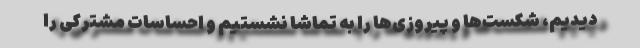
دیدیم، شکست‌ها و پیروزی‌ها را به تماشا نشستیم و احساسات مشترکی را